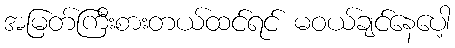
အမြတ်ကြီးစားတယ်ထင်ရင် မဝယ်ချင်နေပေါ့